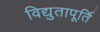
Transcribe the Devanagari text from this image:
विद्युतापूर्ति